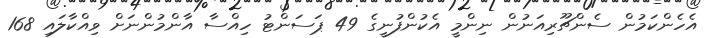
އެހެންކަމުން ސެންޗޫރިއަނުން ނިންމީ އެކުންފުނީގެ 49 ޕަސަންޓު ހިއްސާ އާންމުންނަށް ވިއްކާލައި 168